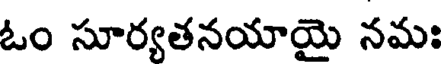
ఓం సూర్యతనయాయై నమః